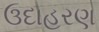
ઉદાહરણ